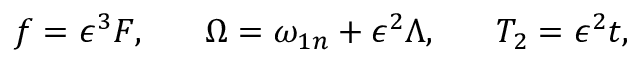
f = \epsilon ^ { 3 } F , \ \ \ \ \ \Omega = \omega _ { 1 n } + \epsilon ^ { 2 } \Lambda , \ \ \ \ \ T _ { 2 } = \epsilon ^ { 2 } t ,